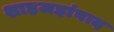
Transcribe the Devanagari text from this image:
शाहजहांबाद